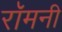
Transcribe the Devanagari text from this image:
रॉमनी